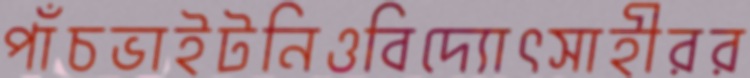
পাঁচভাইটনিওবিদ্যোৎসাহীরর